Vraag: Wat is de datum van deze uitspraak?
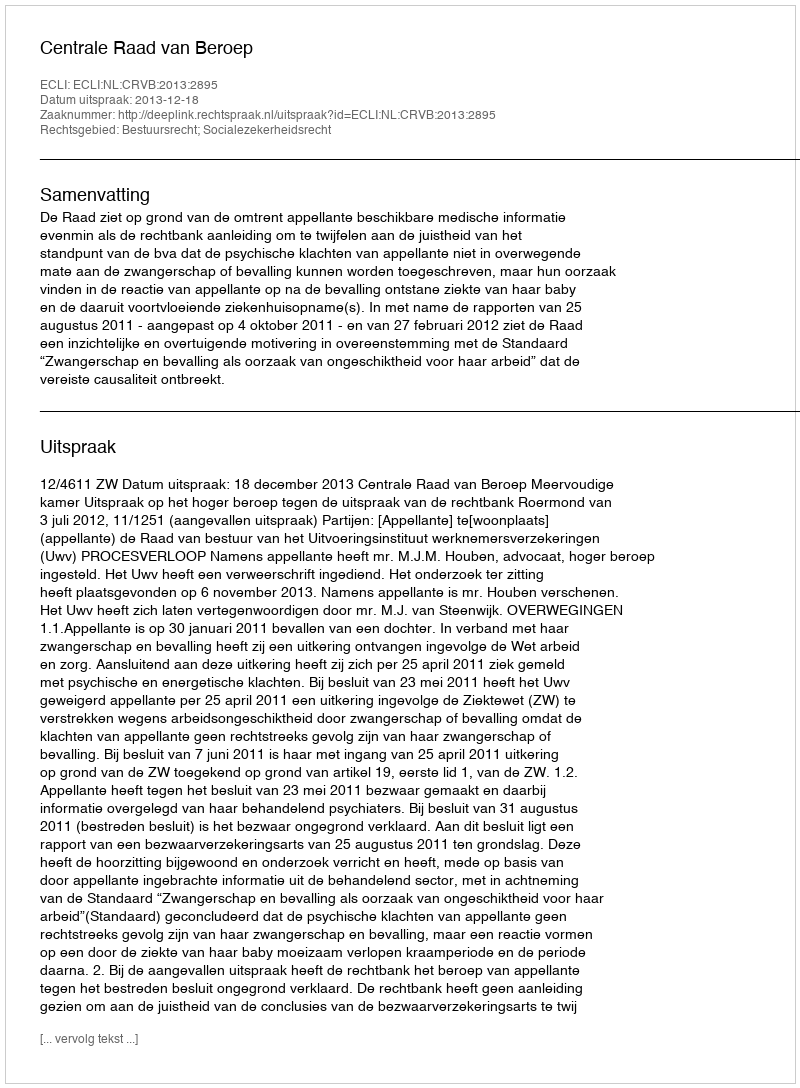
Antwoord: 2013-12-18